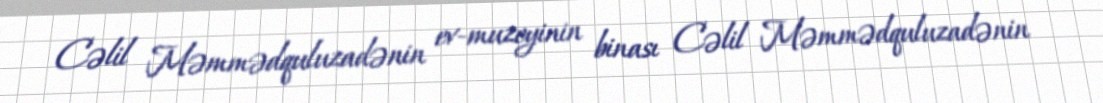
Cəlil Məmmədquluzadənin ev-muzeyinin binası Cəlil Məmmədquluzadənin